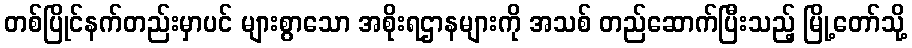
တစ်ပြိုင်နက်တည်းမှာပင် များစွာသော အစိုးရဌာနများကို အသစ် တည်ဆောက်ပြီးသည့် မြို့တော်သို့